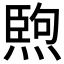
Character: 𤍥